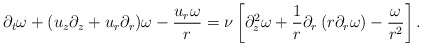
\begin{align*}\partial_t \omega + (u_z\partial_z + u_r\partial_r) \omega - \frac{u_r\omega}r = \nu \left[ \partial_z^2 \omega +\frac{1}{r}\partial_r\left( r\partial_r\omega\right) -\frac{\omega}{r^2}\right].\end{align*}